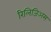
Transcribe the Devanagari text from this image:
रिलिजिअस